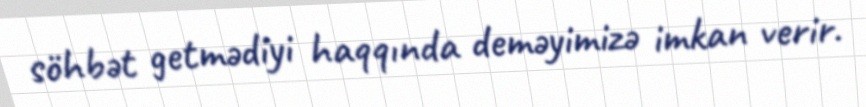
söhbət getmədiyi haqqında deməyimizə imkan verir.